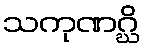
သကုဏဂ္ဃိ